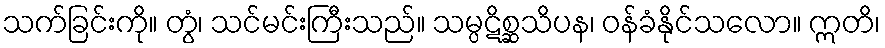
သက်ခြင်းကို။ တွံ၊ သင်မင်းကြီးသည်။ သမ္ပဋိစ္ဆသိပန၊ ဝန်ခံနိုင်သလော။ ဣတိ၊